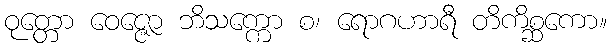
ဝုတ္တော ဝေဇ္ဇော ဘိသက္ကော စ၊ ရောဂဟာရီ တိကိစ္ဆကော။